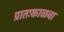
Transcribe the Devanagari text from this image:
प्रातःकाळचा